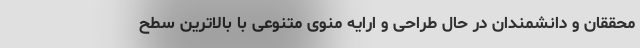
محققان و دانشمندان در حال طراحی و ارایه منوی متنوعی با بالاترین سطح